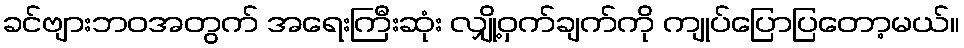
ခင်ဗျားဘဝအတွက် အရေးကြီးဆုံး လျှို့ဝှက်ချက်ကို ကျုပ်ပြောပြတော့မယ်။